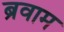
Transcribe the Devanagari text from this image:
ब्रवाम